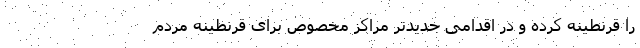
را قرنطینه کرده و در اقدامی جدیدتر مراکز مخصوص برای قرنطینه مردم